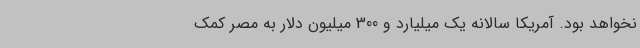
نخواهد بود. آمریکا سالانه یک میلیارد و 300 میلیون دلار به مصر کمک